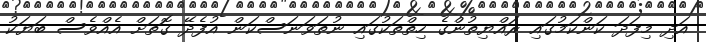
އަދި މިފަދަ ކަންކަމުގައި ރައްޔިތުންގެ ހިތްތަކުގައި ނުތަވަނަސްކަން އުފެދޭ ގޮތަށް އެއްވެސް ބަޔަކު